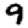
Digit: 9